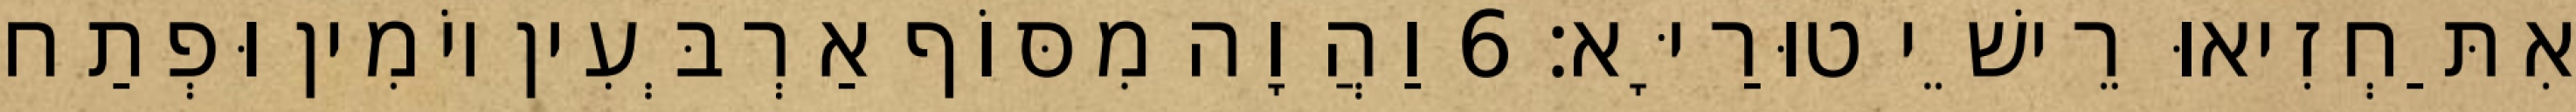
אִתַּחְזִיאוּ רֵישֵׁי טוּרַיָּא׃ 6 וַהֲוָה מִסּוֹף אַרְבְּעִין יוֹמִין וּפְתַח